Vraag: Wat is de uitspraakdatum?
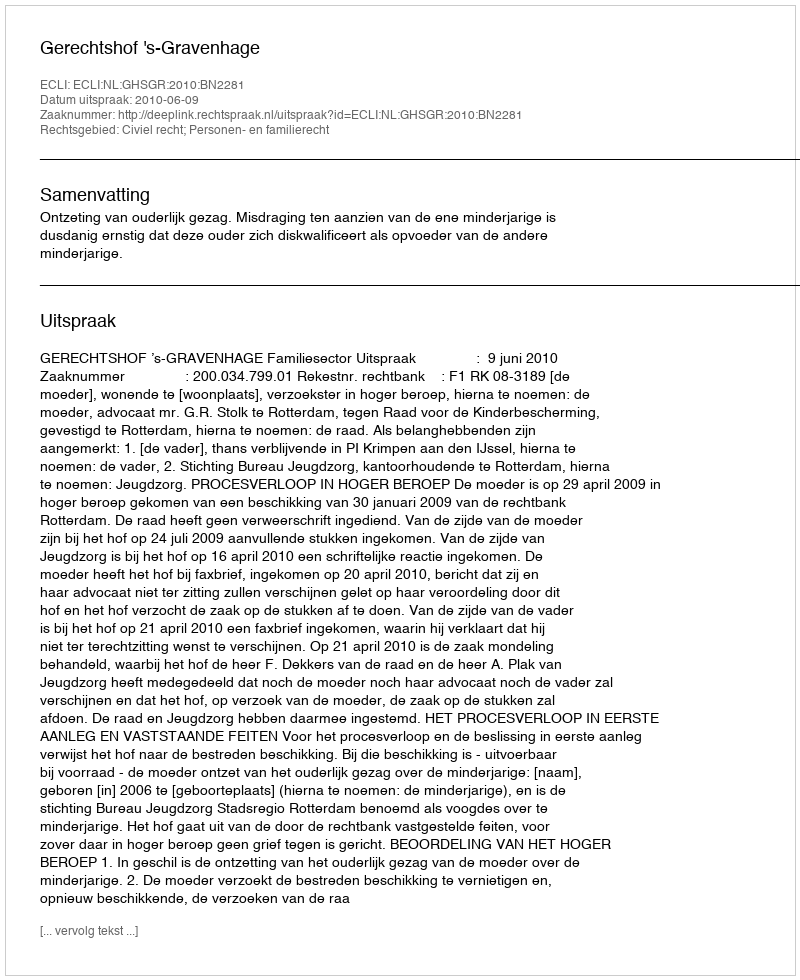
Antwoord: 2010-06-09